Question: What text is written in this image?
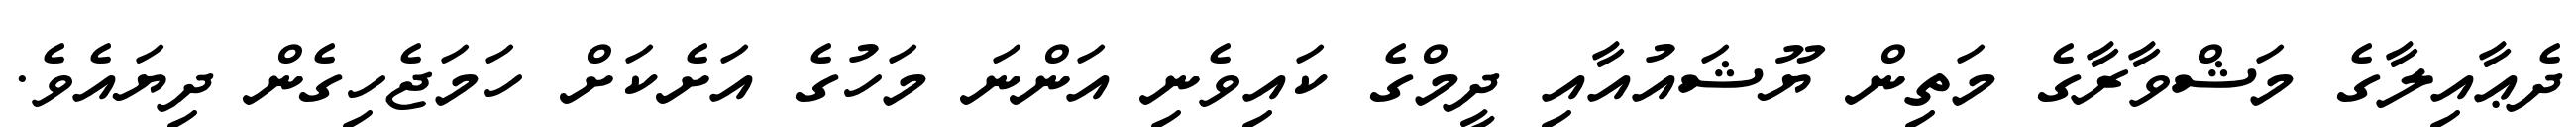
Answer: ދެޢާއިލާގެ މަޝްވާރާގެ މަތިން ޔޫޝައުއާއި ދީމްގެ ކައިވެނި އަންނަ މަހުގެ އަށެކަށް ހަމަޖެހިގެން ދިޔައެވެ.